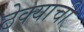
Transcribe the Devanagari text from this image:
ठेक्याची